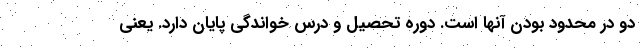
دو در محدود بودن آنها است. دوره تحصیل و درس خواندگی پایان دارد. یعنی